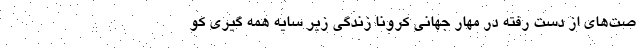
صت‌های از دست رفته در مهار جهانی کرونا زندگی زیر سایه همه گیری کو